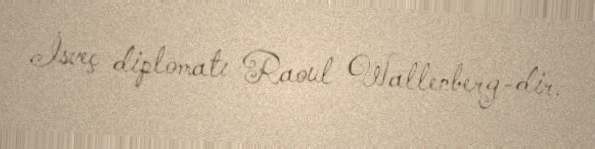
İsveç diplomatı Raoul Wallenberg-dir.